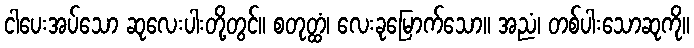
ငါပေးအပ်သော ဆုလေးပါးတို့တွင်။ စတုတ္ထံ၊ လေးခုမြောက်သော။ အညံ၊ တစ်ပါးသောဆုကို။